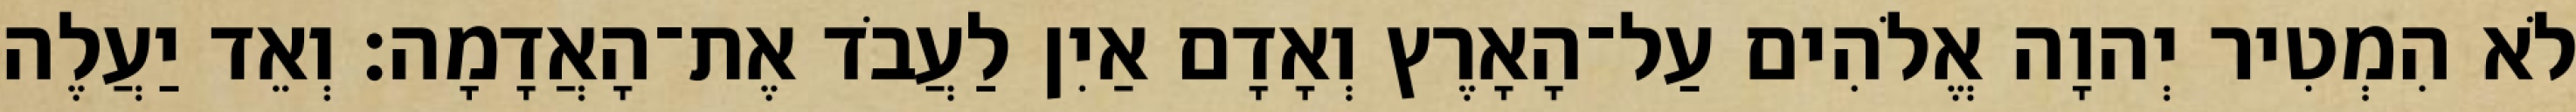
לֹא הִמְטִיר יְהוָה אֱלֹהִים עַל־הָאָרֶץ וְאָדָם אַיִן לַעֲבֹד אֶת־הָאֲדָמָה׃ וְאֵד יַעֲלֶה